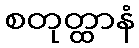
စတုတ္ထာနံ